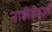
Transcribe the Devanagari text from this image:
नाड़ीतंतुओं